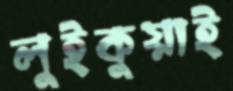
লুইকুয়াই